Annual administration report of the Civil Veterinary Department of India - 1908-1909
Year: 1908
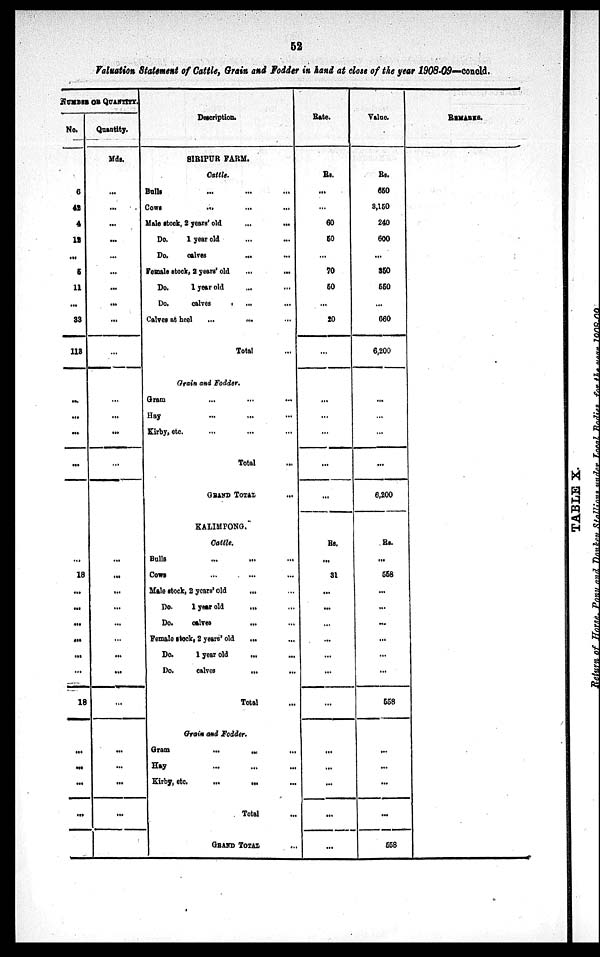
52
Valuation Statement of Cattle, Grain and Fodder in hand at close of the year 1908-09—concld.
NUMBER OR QUANTITY
No.
6
42
4
12
...
5
11
...
33
113
...
...
...
...
...
18
...
...
...
...
...
...
18
...
...
...
...
Quantity.
Mds.
...
...
...
...
...
...
...
...
...
...
...
...
...
...
...
...
...
...
...
...
...
...
...
...
...
...
...
Description.
SIRIPUR FARM.
Cattle.
Bulls ... ... ...
Cows
...
...
...
Male stock, 2 years' old
...
...
Do.
1 year old ... ...
Do.
calves
...
Female stock, 2 years' old
...
...
Do.
1 year old ... ...
Do,
calves
...
Calves at heel
...
...
...
Total ...
Grain and Fodder.
Gram ... ... ...
Hay ... ... ...
Kirby, etc. ... ... ...
Total
GRAND
TOTAL
...
KALIMPONG.
Cattle.
Bulls ... ... ...
Cows ... ... ...
Male stock, 2 years' old
... ...
Do.
1 year old ... ...
Do.
calves
... ...
Female stock, 2 years' old ... ...
Do.
1 year old ... ...
Do.
calves
...
...
Total
Grain and Fodder.
Gram ... ... ...
Hay
...
...
...
Kirby, etc.
... ... ...
Total
GRAND TOTAL ...
Rate.
Rs.
...
...
60
50
...
70
50
...
20
...
...
...
...
...
...
Rs.
...
31
...
...
...
...
...
...
...
...
...
...
...
...
Value.
Rs.
650
3,150
240
600
...
350
550
...
660
6,200
...
...
...
...
6,200
Rs.
...
558
...
...
...
...
...
...
558
...
...
...
...
558
REMARKS.